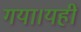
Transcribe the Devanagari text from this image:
गया।यहीं